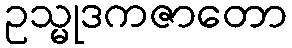
ဥသ္မုဒကဇာတော